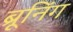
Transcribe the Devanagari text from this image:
ब्रूनिंग